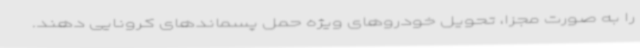
را به صورت مجزا، تحویل خودروهای ویژه حمل پسماندهای کرونایی دهند.